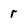
Character: r